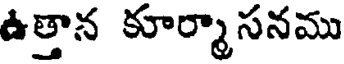
ఉత్తాన కూర్మాసనము